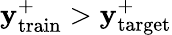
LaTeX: \mathbf{y}_{\mathrm{{train}}}^{+}>\mathbf{y}_{\mathrm{{target}}}^{+}